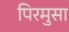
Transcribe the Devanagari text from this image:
पिरमुसा